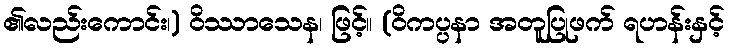
၏လည်းကောင်း၊) ဝိဿာသေန၊ ဖြင့်။ (ဝိကပ္ပနာ အတူပြုဖက် ရဟန်းနှင့်